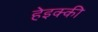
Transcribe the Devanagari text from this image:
हेइक्की